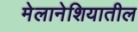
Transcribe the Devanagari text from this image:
मेलानेशियातील